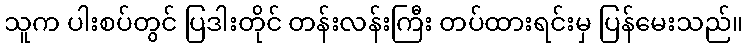
သူက ပါးစပ်တွင် ပြဒါးတိုင် တန်းလန်းကြီး တပ်ထားရင်းမှ ပြန်မေးသည်။